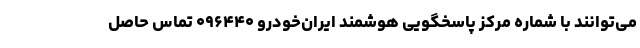
می‌توانند با شماره مرکز پاسخگویی هوشمند ایران‌خودرو ۰۹۶۴۴۰ تماس حاصل